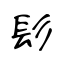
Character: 髟